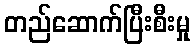
တည်ဆောက်ပြီးစီးမှု